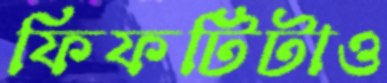
ফিফটিটাও